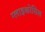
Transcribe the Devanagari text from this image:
ग्लाइकोसिल